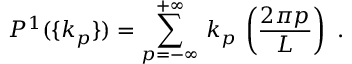
P ^ { 1 } ( \{ k _ { p } \} ) = \sum _ { p = - \infty } ^ { + \infty } \, k _ { p } \, \left( \frac { 2 \pi p } { L } \right) \ .